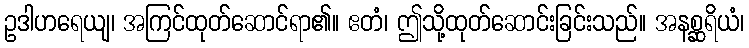
ဥဒါဟရေယျ၊ အကြင်ထုတ်ဆောင်ရာ၏။ ဧတံ၊ ဤသို့ထုတ်ဆောင်းခြင်းသည်။ အနစ္ဆရိယံ၊